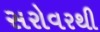
સરોવરથી